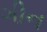
ગીન